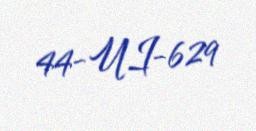
44-UI-629